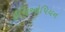
ઈથિઓપિયન